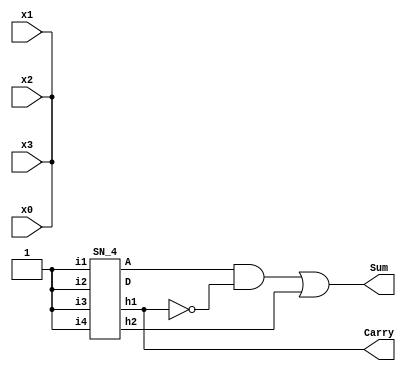
// 
// Dependencies: 
// 
// Revision:
// Revision 0.01 - File Created
// Additional Comments:
// 
//////////////////////////////////////////////////////////////////////////////////


module app_4_2(x0,x1,x2,x3,Carry,Sum);
input x0,x1,x2,x3;
output Carry,Sum;
wire A,D,w1,h1,h2;
assign {x0,x1,x2,x3} = 4'b1111;

SN_4 D0 (x0,x1,x2,x3,A,h1,h2,D);

assign Carry = h1;
assign w1 = A & (~h1);
assign Sum = w1 | h2;

endmodule

module BS(x1,x2,y1,y2);

input x1,x2;
output y1,y2;

assign y1 = x1 | x2;
assign y2 = x1 & x2;

endmodule

module SN_4(i1,i2,i3,i4,A,h1,h2,D);

output A,h1,h2,D;
input i1,i2,i3,i4;
wire w1,w2,w3,w4,h1,h2,A,D,w11,w33,w44,w22;

BS BS_1(.x1(i1),.x2(i2),.y1(w1),.y2(w2));
BS BS_2(.x1(i3),.x2(i4),.y1(w3),.y2(w4));
BS BS_3(.x1(w1),.x2(w3),.y1(A),.y2(w33));
BS BS_4(.x1(w2),.x2(w4),.y1(w22),.y2(D));
BS BS_5(.x1(w22),.x2(w33),.y1(h1),.y2(h2));

endmodule